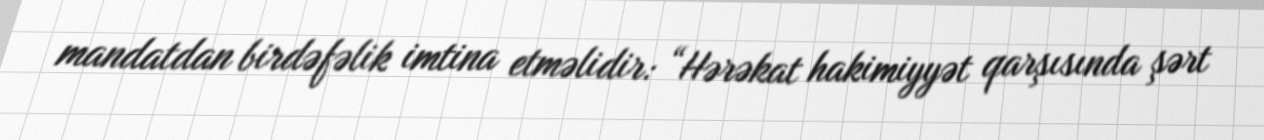
mandatdan birdəfəlik imtina etməlidir: “Hərəkat hakimiyyət qarşısında şərt